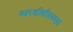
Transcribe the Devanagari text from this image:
आरडीबीएमएस